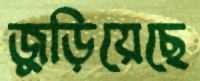
জুড়িয়েছে